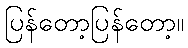
ပြန်တော့ပြန်တော့။